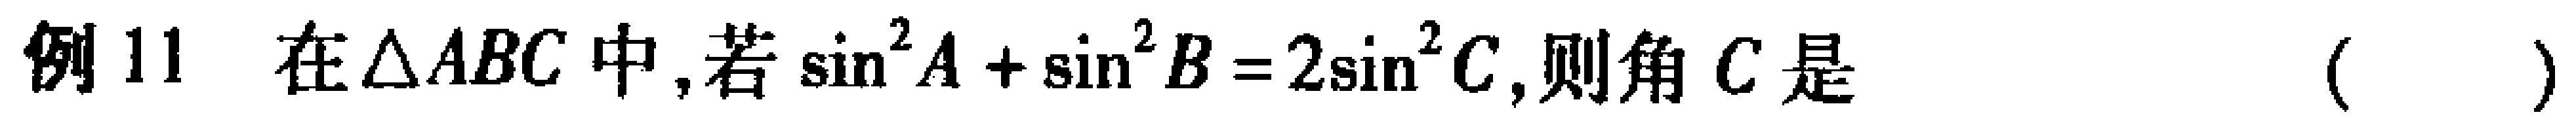
例11 在$\triangle ABC$中,若$\sin^{2}A +\sin^{2}B = 2\sin^{2}C$,则角$C$是（  ）